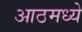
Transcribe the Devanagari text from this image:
आठमध्ये